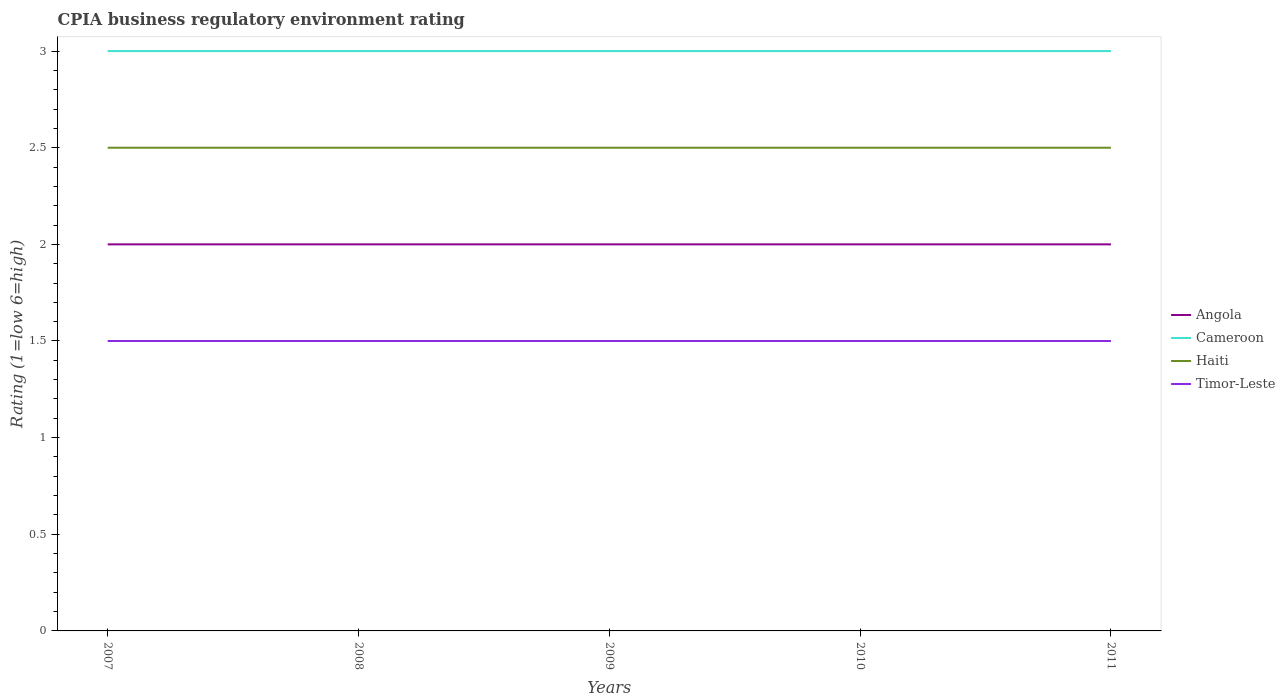
| Years | Angola | Cameroon | Haiti | Timor-Leste |
 | --- | --- | --- | --- | --- |
 | 2007 | 2 | 3 | 2.5 | 1.5 |
 | 2008 | 2 | 3 | 2.5 | 1.5 |
 | 2009 | 2 | 3 | 2.5 | 1.5 |
 | 2010 | 2 | 3 | 2.5 | 1.5 |
 | 2011 | 2 | 3 | 2.5 | 1.5 |